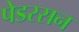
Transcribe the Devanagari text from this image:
पेडरसन